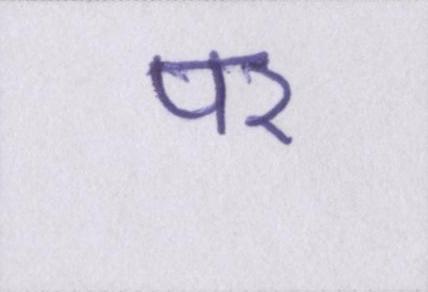
पर